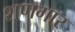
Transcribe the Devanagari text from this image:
शणगार